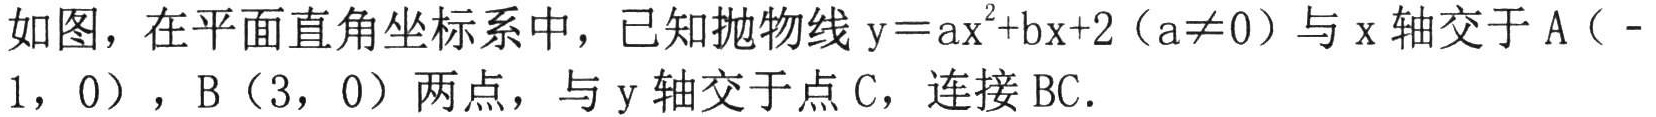
如图，在平面直角坐标系中，已知抛物线$\mathrm{y}=\mathrm{a}\mathrm{x}^{2}+\mathrm{b}\mathrm{x}+2（\mathrm{a}\neq 0）$与$\mathrm{x}$轴交于$\mathrm{A}（ - 1，0）$，$\mathrm{B}（3，0）$两点，与$\mathrm{y}$轴交于点$\mathrm{C}$，连接$\mathrm{B}\mathrm{C}$．